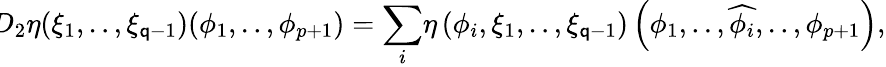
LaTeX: \! \! D_{2}\eta({\xi}_{1},..,{\xi}_{\mathsf{q}-1})({\phi}_{1},..,{\phi}_{p+1})={\displaystyle\sum_{i}}\eta\left({\phi}_{i},{\xi}_{1},..,{\xi}_{\mathsf{q}-1}\right)\left({\phi}_{1},..,\widehat{{{\phi}_{i}}},..,{\phi}_{p+1}\right),